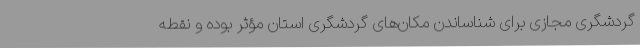
گردشگری مجازی برای شناساندن مکان‌های گردشگری استان مؤثر بوده و نقطه